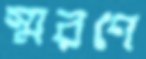
স্মরণে